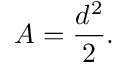
A = { \frac { d ^ { 2 } } { 2 } } .